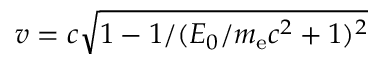
v = c \sqrt { 1 - 1 / ( E _ { 0 } / m _ { \mathrm { e } } c ^ { 2 } + 1 ) ^ { 2 } }